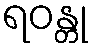
ရဝန္တု